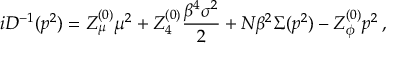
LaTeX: i { \cal D } ^ { - 1 } ( p ^ { 2 } ) = Z _ { \mu } ^ { ( 0 ) } \mu ^ { 2 } + Z _ { 4 } ^ { ( 0 ) } \frac { \beta ^ { 4 } \sigma ^ { 2 } } { 2 } + N \beta ^ { 2 } \Sigma ( p ^ { 2 } ) - Z _ { \phi } ^ { ( 0 ) } p ^ { 2 } \, ,